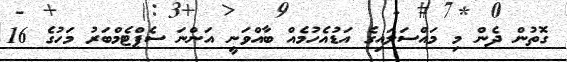
ގޮތުން ދެން މި މައްސަލައިގެ އަޑުއެހުމެއް ބާއްވަނީ އަންނަ ސެޕްޓެމްބަރު މަހުގެ 16